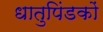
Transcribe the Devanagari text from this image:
धातुपिंडकों